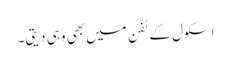
اسکول کے ٹفن میں بھی وہی دیتی۔